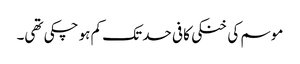
موسم کی خنکی کافی حد تک کم ہو چکی تھی۔